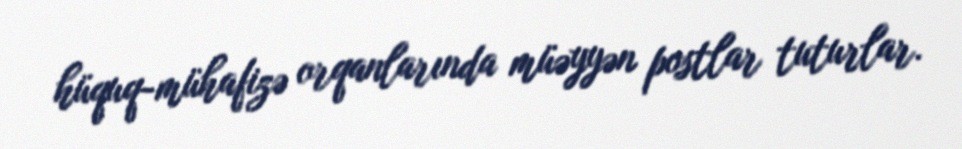
hüquq-mühafizə orqanlarında müəyyən postlar tuturlar.